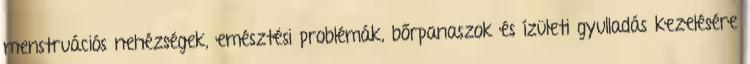
menstruációs nehézségek, emésztési problémák, bőrpanaszok és ízületi gyulladás kezelésére